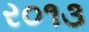
ર૦૧૩